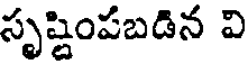
సృష్టింపబడిన వి